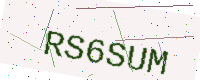
Text: RS6SUM